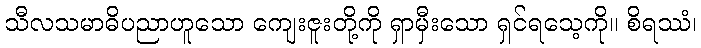
သီလသမာဓိပညာဟူသော ကျေးဇူးတို့ကို ရှာမှီးသော ရှင်ရသေ့ကို။ စိရဿံ၊